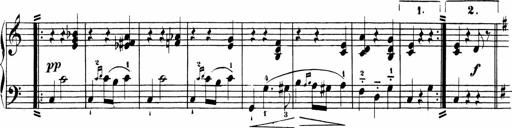
Title: Sonatinas
Composer: Andrew Violette